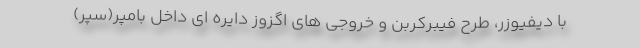
با دیفیوزر، طرح فیبرکربن و خروجی های اگزوز دایره ای داخل بامپر(سپر)